Medical and sanitary report of the native army of Bengal for the year
Year: 1877
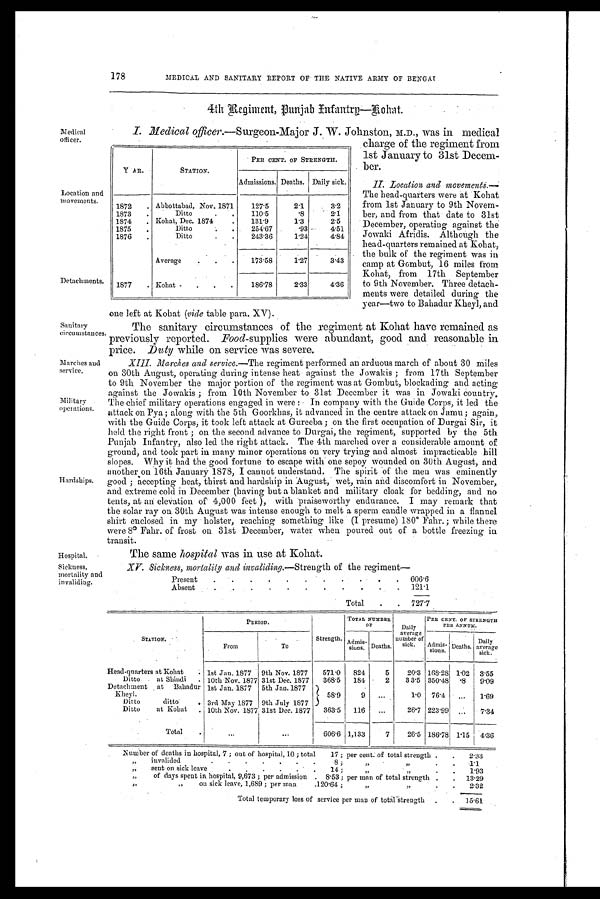
Medical
officer.
Location and
movements.
Detachments.
Sanitary
circumstances.
Marches and
service.
Military
operations.
Hardships.
178
MEDICAL AND SANITARY REPORT OF THE NATIVE ARMY OF BENGAL
4th Regiment, Punjab Infantry—Kohat.
I. Medical Officer.—Surgeon-Major J. W. Johnston, M.D., was in medical
charge of the regiment from
1st January to 31st Decem
- ber.
II. Location and movements.—
The head-quarters were at Kohat
from 1st January to 9th Novem-
ber, and from that date to 31st
December, operating against the
Jowaki Afridis. Although the
head-quarters remained at Kohat,
the bulk of the regiment was in
camp at Gombut, 16 miles from
Kohat, from 17th September
to 9th November. Three detach-
ments were detailed during the
year—two to Bahadur Kheyl, and
one left at Kohat (vide table para. XV).
The sanitary circumstances of the regiment at Kohat have remained as
previously reported. Food-supplies were abundant, good and reasonable in
price. Duty while on service was severe.
XIII. Marches and service.—The regiment performed an arduous march of about 30 miles
on 30th August, operating during intense heat against the Jowakis; from 17th September
to 9th November the major portion of the regiment was at Gombut, blockading and acting
against the Jowakis; from 10th November to 31st December it was in Jowaki country.
The chief military operations engaged in were: In company with the Guide Corps, it led the
attack on Pya; along with the 5th Goorkhas, it advanced in the centre attack on Jamu; again,
with the Guide Corps; it took left attack at Gureeba; on the first occupation of Durgai Sir, it
held the right front; on the second advance to Durgai, the regiment, supported by the 5th
Punjab Infantry, also led the right attack. The 4th marched over a considerable amount of
ground, and took part in many minor operations on very trying and almost impracticable hill
slopes. Why it had the good fortune to escape with one sepoy Wounded on 30th August, and
another on 16th January 1878, I cannot understand. The spirit of the men was eminently
good; accepting heat, thirst and hardship in August, wet, rain and discomfort in November,
and extreme cold in December (having but a blanket and military cloak for bedding, and no
tents, at an elevation of 4,000 feet ), with praiseworthy endurance. I may remark that
the solar ray on 30th August was intense enough to melt a sperm candle wrapped in a flannel
shirt enclosed in my holster, reaching something like (I presume) 180° Fahr.; while there
were 8° Fahr. of frost on 31st December, water when poured out of a bottle freezing in
transit.
YEAR.
STATION.
PER CENT. OF STRENGTH.
Admissions. Deaths. Daily sick.
1872
.
Abbottabad, Nov. 1871
127.5
2.1
3.2
1873
.
Ditto .
.
.
110.5
.8
2.1
1874
. Kohat, Dec. 1874
.
131.9
1.3
2.5
1875
.
Ditto .
.
.
254.67
.93
4.51
1876
.
Ditto .
.
.
243.36
1.24
4.84
Average
.
.
.
173.58
1.27
3.43
1877
. Kohat .
.
.
.
186.78
2.33
4 . 3 6
Hospital.
Sickness,
mortality and
invaliding.
The same hospital was in use at Kohat.
XV. Sickness. mortality and invaliding.—Strength of the regiment—
Present
.
.
.
.
.
.
.
.
.
.
.
606.6
Absent
.
.
.
.
.
.
.
.
.
.
121.1
Total
.
.
727.7
STATION.
PERIOD.
Strength.
TOTAL NUMBER.
OF
Daily
average
number of
sick.
PER CENT. OF STRENGTH
PER ANNUM.
From
To
Admis-sions. Deaths.
Admis-sions Deaths,
Daily
average
sick.
Head-quarters at Kohat
. 1st Jan. 1877
9th Nov. 1877
571.0
824
5
20.3 168.28 1.02
3.55
Ditto
at Shindi
. 10th Nov. 1877 31st Dec. 1877
368.5
181
2
3 3.5 350.48
. 8
9.09
Detachment at
Bahadur 1st Jan. 1877
5th Jan.1877
Kheyl.
58.9
9
...
1.0
76.4
...
1.69
Ditto
ditto
. 3rd May 1877 9th July 1S77
Ditto
at Kohat
. 10th Nov. 1877 31st Dec. 1877
363.5
116
...
26.7 223.99
. . .
7.34
Tota
. ...
. . . 606.6 1,133
7
26.5 186.78 1.15
4.36
Number of deaths in hospital, 7 ; out of hospital, 10 ; total
17 ; per cent: of total strength .
.
2.33
„
invalided
.
.
.
.
.
.
.
8 ;
„ „
.
.
1.1
„
sent on sick leave
.
.
.
.
.
. 14;
„ „
.
.
1.93
„
of days spent in hospital, 9,673 ; per admission . 8.53 ; per man of total strength .
.
13.29
„
,
„
on sick leave, 1,689 ; per man.
120.64;
„ „
.
.
2.32
Total temporary loss of service per man of total -Strength .
.
15.61